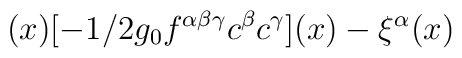
(x)[-1/2g_{0}f^{\alpha \beta \gamma }c^{\beta }c^{\gamma }](x)-\xi ^{\alpha }(x)